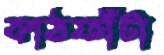
কাঠফাঁটা